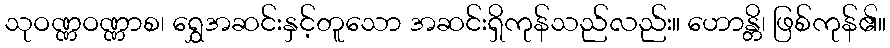
သုဝဏ္ဏဝဏ္ဏာစ၊ ရွှေအဆင်းနှင့်တူသော အဆင်းရှိကုန်သည်လည်း။ ဟောန္တိ၊ ဖြစ်ကုန်၏။